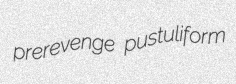
prerevenge pustuliform